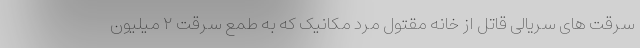
سرقت های سریالی قاتل از خانه مقتول مرد مکانیک که به طمع سرقت ۲ میلیون